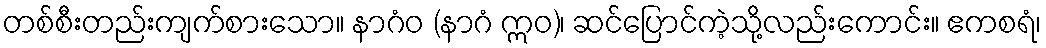
တစ်စီးတည်းကျက်စားသော။ နာဂံဝ (နာဂံ ဣဝ)၊ ဆင်ပြောင်ကဲ့သို့လည်းကောင်း။ ဧကစရံ၊